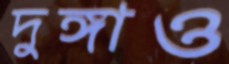
দুঙ্গাও